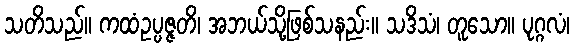
သတိသည်။ ကထံဥပ္ပဇ္ဇတိ၊ အဘယ်သို့ဖြစ်သနည်း။ သဒိသံ၊ တူသော။ ပုဂ္ဂလံ၊